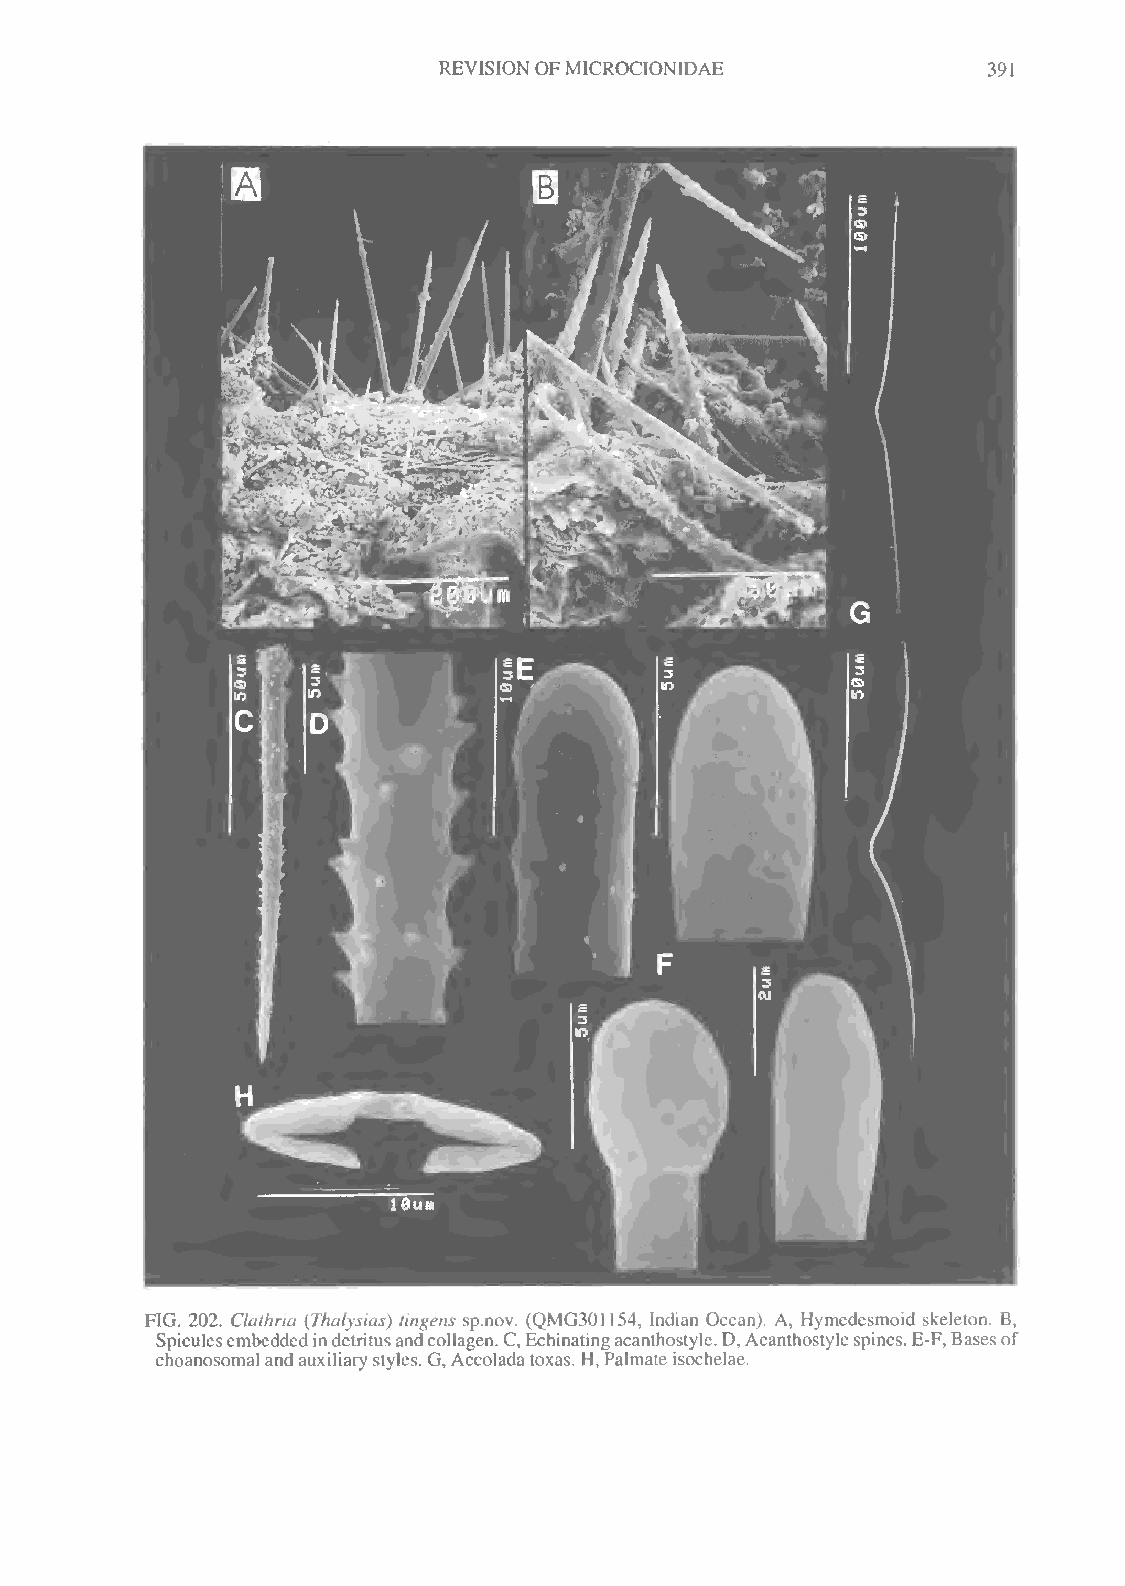
REVISION OFMICROCIONIDAE            391
 FIG. 202. Clathria (Thalysias) tingens sp.nov. (QMG301154, Indian Ocean). A, Hymedesmoid skeleton. B,
 Spiculesembeddedindetritusandcollagen.C,Echinatingacanthostyle.D,Acanthostylespines.E-F,Basesof
 choanosomal and auxiliarystyles. G, Accoladatoxas. H, Palmateisochelae.